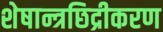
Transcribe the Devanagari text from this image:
शेषान्त्रछिद्रीकरण